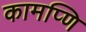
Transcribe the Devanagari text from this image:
कामप्णि